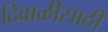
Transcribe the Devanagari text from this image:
दिवाळीसाठी